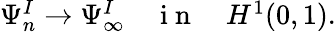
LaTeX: \begin{array}{r}{\Psi_{n}^{I}\to\Psi_{\infty}^{I}\quad\mathrm{~i~n~}\quad H^{1}(0,1).}\end{array}